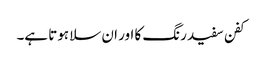
کفن سفید رنگ کا اور ان سلا ہوتا ہے۔